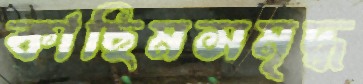
কাছিমসমৃদ্ধ